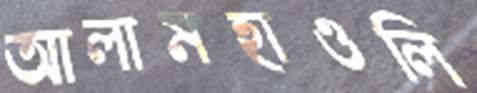
আলামহাওলি